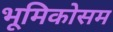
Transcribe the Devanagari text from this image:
भूमिकोसम